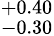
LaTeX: ^{+0.40}_{-0.30}